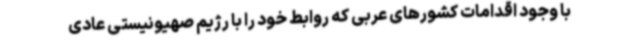
با وجود اقدامات کشورهای عربی که روابط خود را با رژیم صهیونیستی عادی